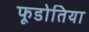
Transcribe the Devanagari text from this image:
फूडोतिया